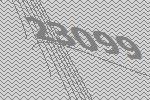
23099